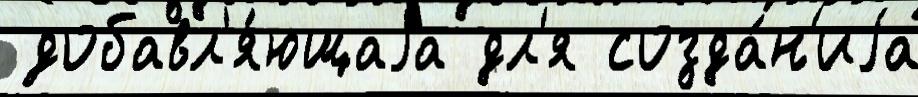
 добавл'я́ющаjа дл'я созда́н'иjа